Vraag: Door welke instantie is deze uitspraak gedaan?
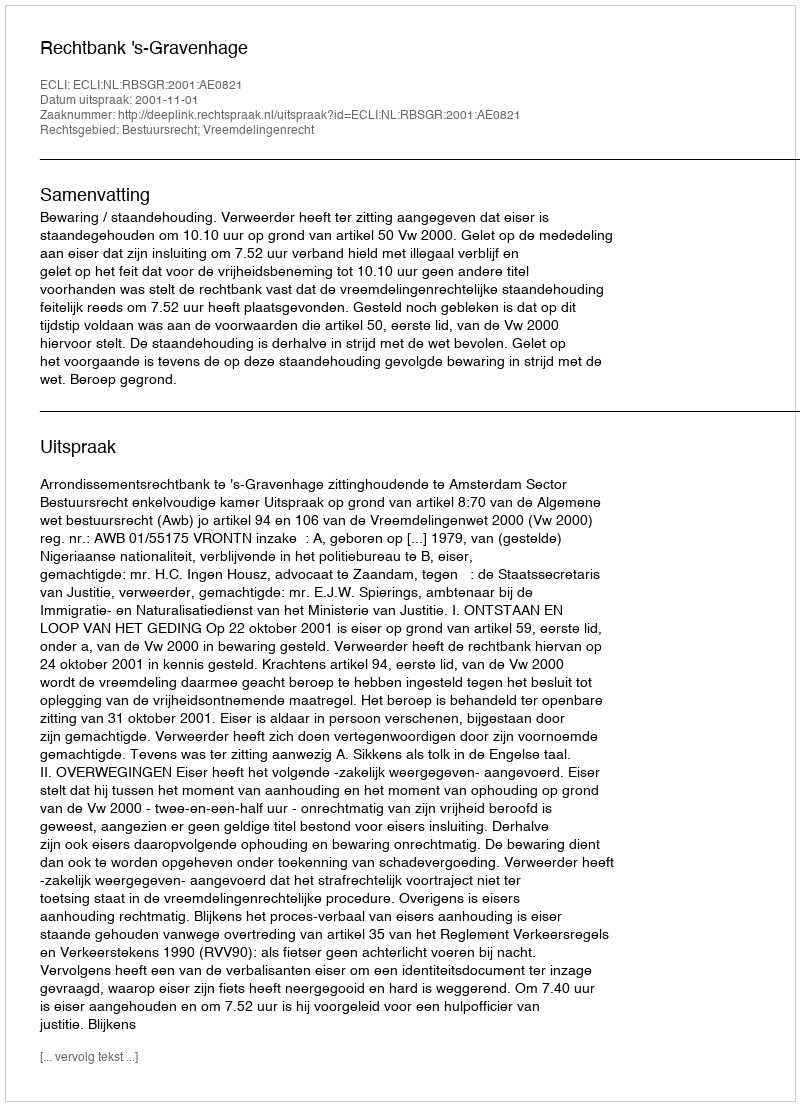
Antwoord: Rechtbank 's-Gravenhage